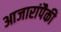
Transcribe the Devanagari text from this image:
आजारांपैकी